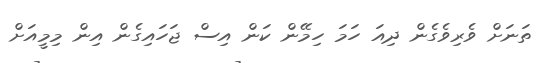
ތަނަށް ވެރިވެގެން ދިއަ ހަމަ ހިމޭން ކަން އިސް ޖަހައިގެން އިން މިމީއަށް